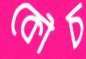
কৌচ